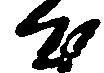
心